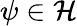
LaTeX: \psi\in{\mathcal{H}}